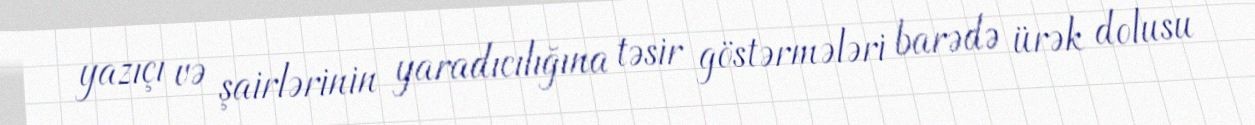
yazıçı və şairlərinin yaradıcılığına təsir göstərmələri barədə ürək dolusu